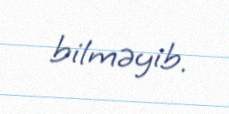
bilməyib.